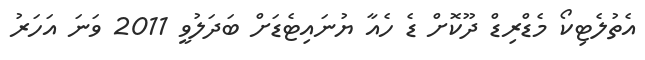
އެތުލެޓިކޯ މެޑްރިޑް ދޫކޮށް ޑެ ހެއާ ޔުނައިޓެޑަށް ބަދަލުވީ 2011 ވަނަ އަހަރު